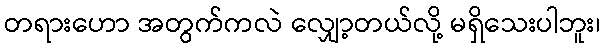
တရားဟော အတွက်ကလဲ လျှော့တယ်လို့ မရှိသေးပါဘူး၊